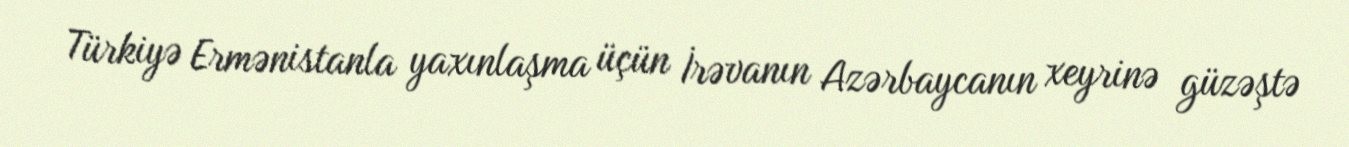
Türkiyə Ermənistanla yaxınlaşma üçün İrəvanın Azərbaycanın xeyrinə güzəştə